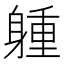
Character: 𨉢